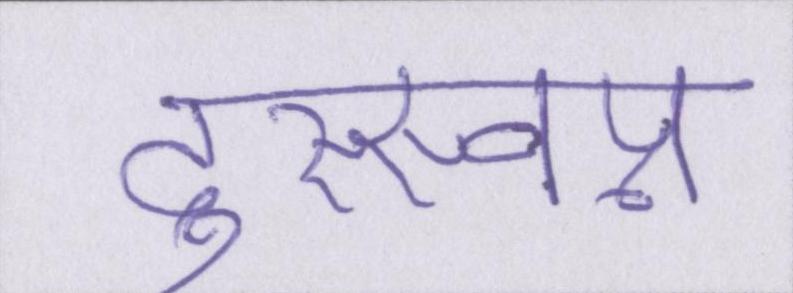
दुस्स्वप्न